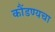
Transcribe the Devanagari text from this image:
कौंडण्यचा